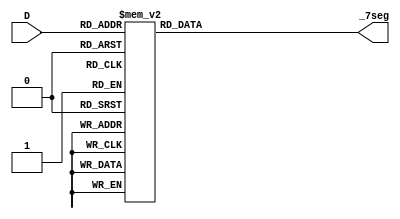
module _7segENC(D,_7seg);
input [3:0]D;
output [6:0]_7seg;
reg [6:0]_7seg;
always @(D)
begin
case(D)
      4'd0:_7seg=7'b1000000;
	 	4'd1:_7seg=7'b1111001;
	 	4'd2:_7seg=7'b0100100;
	 	4'd3:_7seg=7'b0110000;
	 	4'd4:_7seg=7'b0011001;
	 	4'd5:_7seg=7'b0010010;
	 	4'd6:_7seg=7'b0000010;
	 	4'd7:_7seg=7'b1111000;
	 	4'd8:_7seg=7'b0000000;
		4'd9:_7seg=7'b0011000;
		4'd10:_7seg=7'b0001000;
		4'd11:_7seg=7'b0000011;
		4'd12:_7seg=7'b1000110;
		4'd13:_7seg=7'b0100001;
		4'd14:_7seg=7'b0000110;
		4'd15:_7seg=7'b0001110;
		endcase
		end
		endmodule